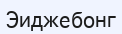
Эиджебонг